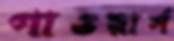
পাওয়ার্স